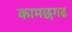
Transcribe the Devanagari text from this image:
कामछगढ